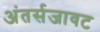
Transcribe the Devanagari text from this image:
अंतर्सजावट